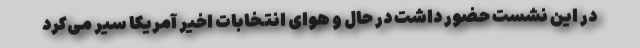
در این نشست حضور داشت در حال و هوای انتخابات اخیر آمریکا سیر می‌کرد